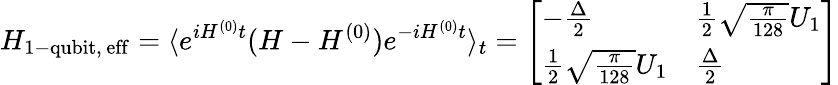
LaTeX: H_{\mathrm{1-qubit,\, eff}}=\langle e^{iH^{(0)}t}(H-H^{(0)})e^{-iH^{(0)}t}\rangle_{t}=\left[\begin{array}{ll}{-\frac{\Delta}{2}}&{\frac{1}{2}\sqrt{\frac{\pi}{128}}U_{1}}\\ {\frac{1}{2}\sqrt{\frac{\pi}{128}}U_{1}}&{\frac{\Delta}{2}}\end{array}\right]